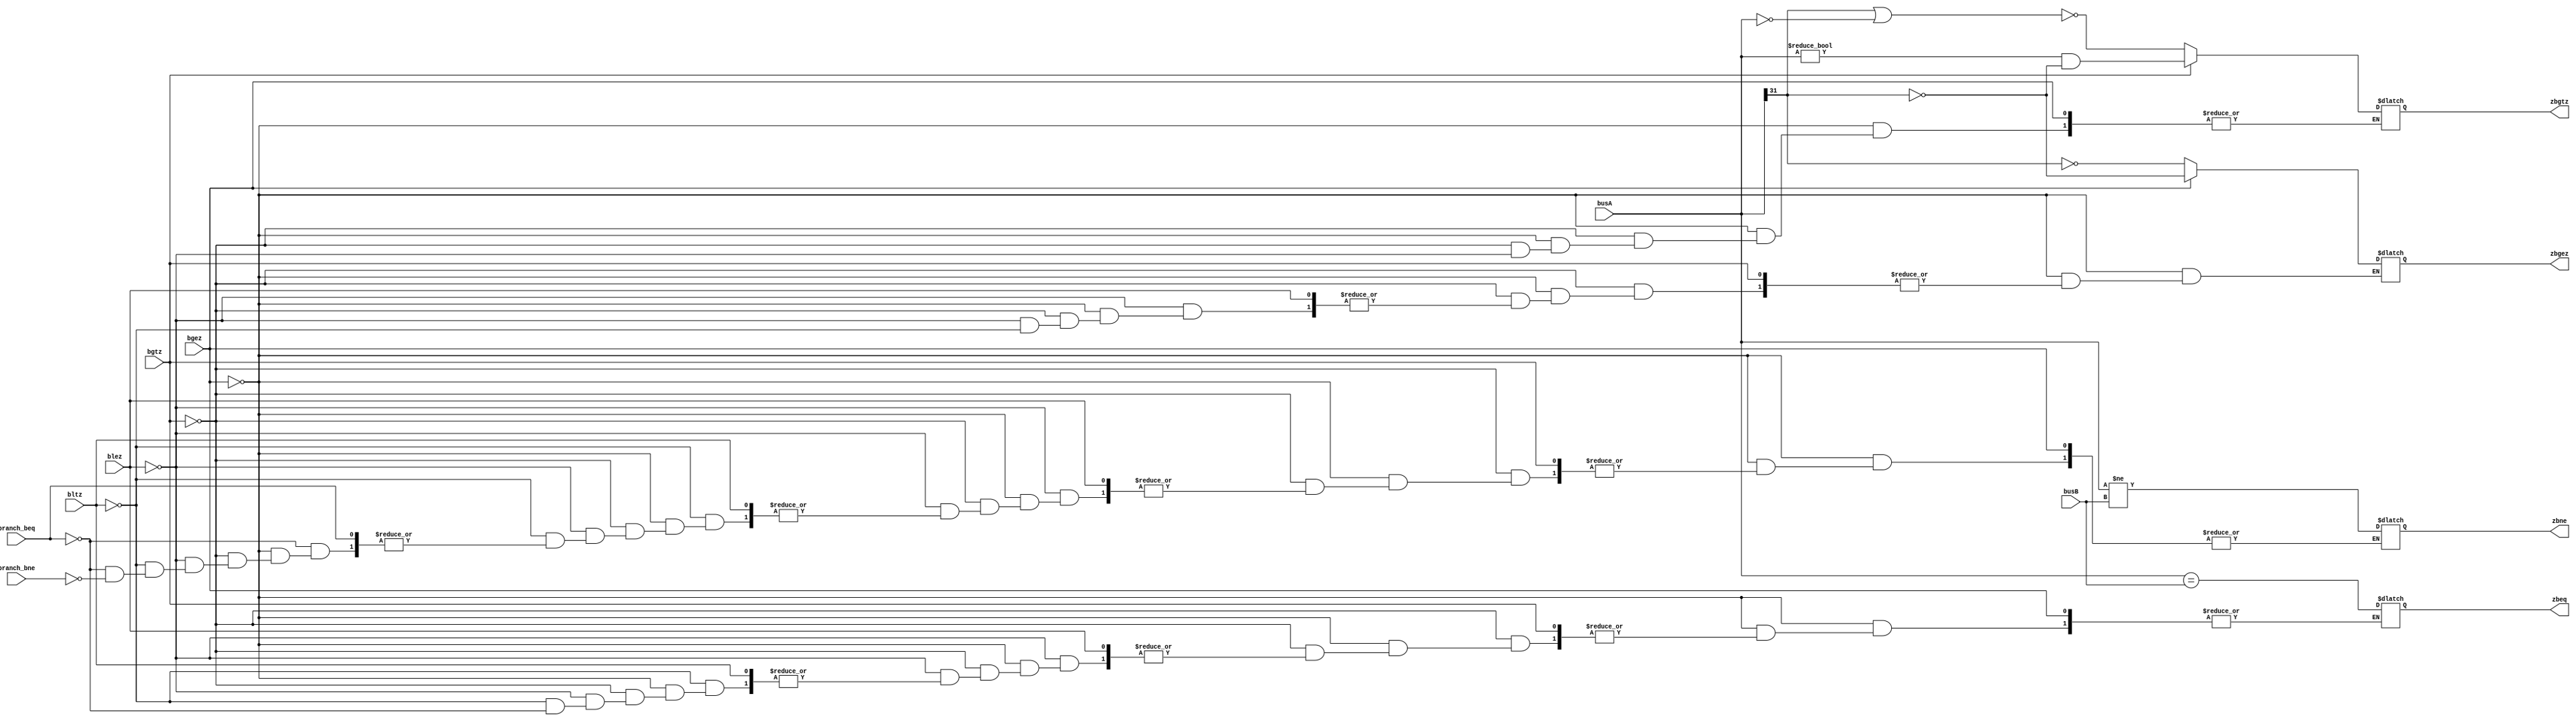
module branchjudge(busA,busB,bgez,bgtz,blez,bltz,branch_beq,branch_bne,zbgez,zbgtz,zbeq,zbne);
	input wire[31:0] busA,busB;
	input wire bgtz,bgez,blez,bltz,branch_beq,branch_bne;
	output reg zbgez,zbgtz,zbeq,zbne;

initial begin
	zbgez = 0;
	zbgtz = 0;
	zbeq = 0;
	zbne = 0;
end

always@(*) begin
	if(bgez == 1) begin
		zbgez = (busA[31]==0);
	end
	else if(bgtz == 1) begin
		zbgtz = (busA!=32'b0&&busA[31]==0);
	end
	else if(blez == 1) begin
		zbgtz = !(busA[31]==1||busA==32'b0);
	end
	else if(bltz == 1) begin
		zbgez = !(busA[31]==1);
	end
	else if(branch_beq == 1) begin
		zbeq = (busA==busB);
	end
	else if(branch_bne == 1) begin
		zbne = (busA!=busB);
	end
end

endmodule